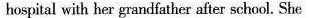
hospital with her grandfather after school. She